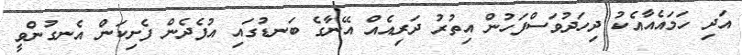
އަދި ހަމައެއާއެކު ދިހަދުވަސްފަހުން އިތުރު ދަރިއެއް އޭނާގެ ބަނޑުގައި އުފެދެން ފެށިކަން އެނގުންވީ